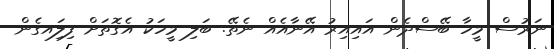
ނަރުސް މީހާ ބޭސްދެން އައިއިރު އޭނާއެއް ނެތޭ. ބަލި މީހަކު އެގޮތަށް ފިލަިއގެން